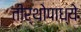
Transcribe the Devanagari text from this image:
तीर्थोपाध्ये